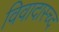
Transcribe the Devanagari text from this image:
विवादास्च्द